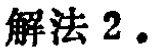
解法 2.